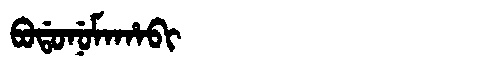
Manchu: ᠪᠣᡩᠣᠨᡠᠮᠠᡥᠠᠪᡳ
Romanization: BODONUMAHABI